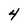
Character: 4